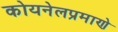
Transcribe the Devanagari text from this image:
कोयनेलप्रमाणे